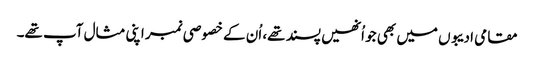
مقامی ادیبوں میں بھی جو اُنھیں پسند تھے، اُن کے خصوصی نمبر اپنی مثال آپ تھے۔